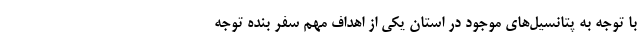
با توجه به پتانسیل‌های موجود در استان یکی از اهداف مهم سفر بنده توجه